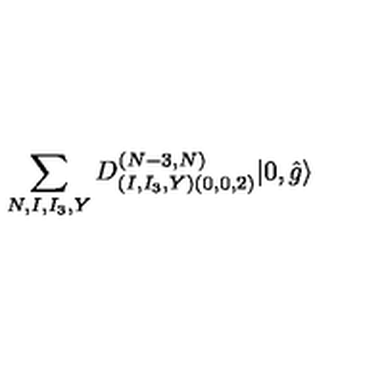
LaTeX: \sum _ { N , I , I _ { 3 } , Y } D _ { ( I , I _ { 3 } , Y ) ( 0 , 0 , 2 ) } ^ { ( N - 3 , N ) } | 0 , \hat { g } \rangle